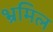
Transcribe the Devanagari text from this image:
भ्रमिल